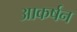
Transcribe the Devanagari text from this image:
आकर्षन